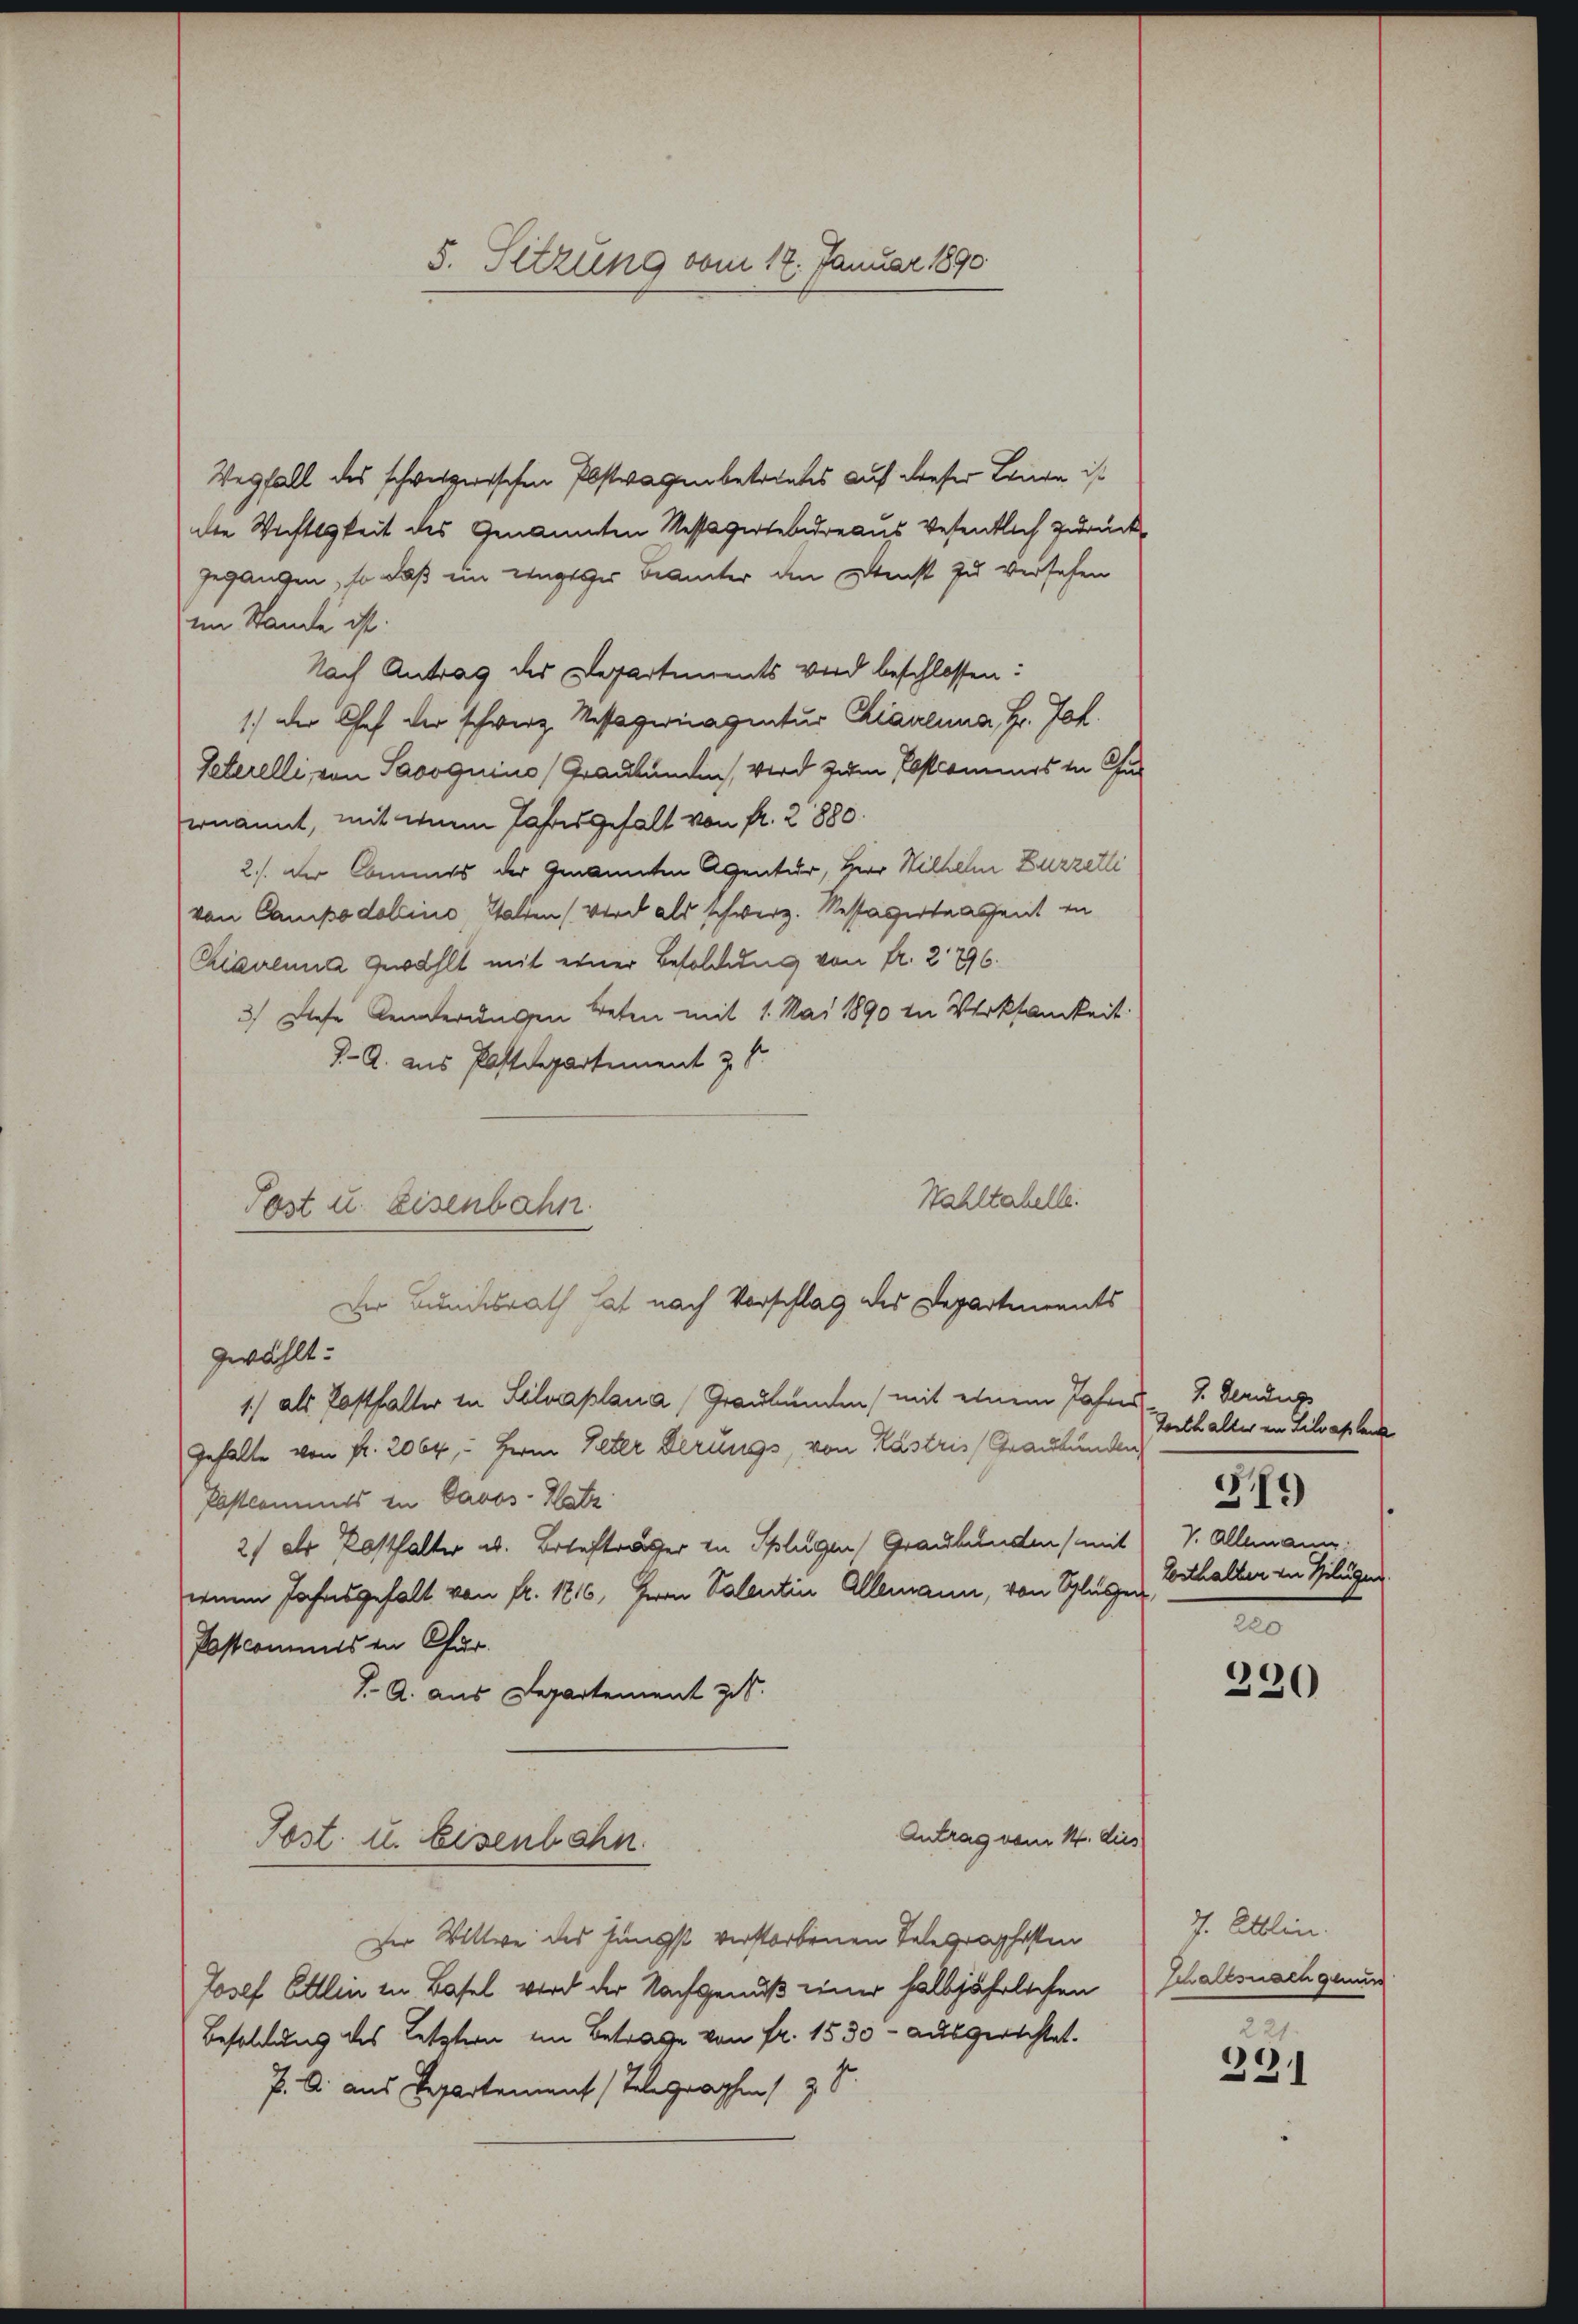
5. Sitzung vom 17. Januar 1890

Wegfall des schweizerischen Abstwagen betrentes auf dieser Lage ist
die Wichtigkeit des Genannten Messavertel draus Wesentlich zurückgegangen, so daß ein eingeger Beamter den Dienst zu versehen
im Stande ist.
Nach Antrag des Departements wird beschlossen:
1.) Der Chef der schwerz. Missagermagentur Chianeina, Hr. Joh.
Peterelli von Savoguins, Graubünden, Wird zum Ebstcommes in Chur
ernannt, mit wie Jahresgehalt von fr. 2880.
2./. der Commis der Genannten Agentur, Herr Wilhelm Zurzelli
von Campodolina Walten (wird als schwerz. Nessavertragent in
Ciacenna gewählt mit einer Besoldung von fr. 276.
3.) Diese Aenderungen Beten mit 1. Mai 1890 in Werksamkeit
J. A. aus Postdepartement z. S.
Hahltahelle.
gwählt.
1) als Posthalter in Lilvaplana Graubünden (mit einem Jahres J. Verungs
Gehalte von fr. 2064, - Herrn Peter derungs, von Kästris, Graubünden
Postkommts in Davos- Platz
21 der Posthalter u. Behafter zu Splügen Graubünden (mit v. Allemann:
winen Jahresgefall von fr. 1716, Herrn Valentin Allemann, von Schlusser
Postcommis in Chur
J. A. aus Departement z.
Antrag vom 14. dies
Post u. Eisenbahn.
der Wittwe des Jüngst verstorbenen Telegraphesten
Josef Ellin in Basel wird der Nachgenuß einer halbjährlichen
Besoldung des Letztern im Betrage von Fr. 1530 - ausgerichtet.
. A. aus Repartement Telegraphen, z. S.

Post u. Eisenbahn.

Der Bundesrath hat nach Vorschlag des Departements

Zorthalter an Lilvapland
Tosthalten in Hilugen
220

379)

220

J. Attlin.
Schalles nach genüs

331